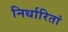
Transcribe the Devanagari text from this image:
निर्धारितां